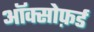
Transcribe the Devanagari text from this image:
ऑक्सोफ़र्ड